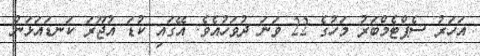
އަހަރު ސެޕްޓެމްބަރު މަހުގެ 22 ވަނަ ދުވަހުއެވެ. އޭގައި ކުޑަ އުޖޫރަ ކަނޑައަޅަން